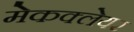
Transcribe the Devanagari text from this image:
मेकक्लेयर